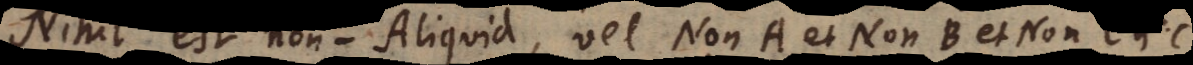
i l est non‐Aliquid, vel Non A et Non B et Non C